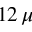
1 2 \, \mu